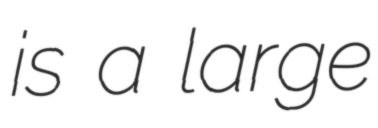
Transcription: is a large